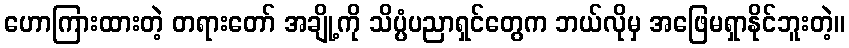
ဟောကြားထားတဲ့ တရားတော် အချို့ကို သိပ္ပံပညာရှင်တွေက ဘယ်လိုမှ အဖြေမရှာနိုင်ဘူးတဲ့။